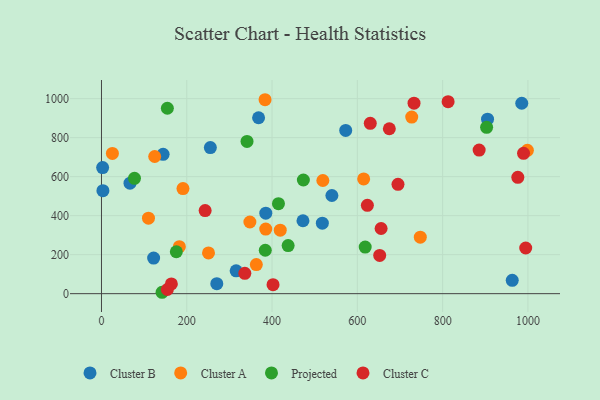
{"axis": {"x": "Price", "y": "Sales"}, "legend": ["Cluster A", "Cluster B", "Cluster C", "Projected"], "data": [{"x": "572.7", "y": 836.8, "type": "Cluster B"}, {"x": "255.3", "y": 749.1, "type": "Cluster B"}, {"x": "368.4", "y": 902.1, "type": "Cluster B"}, {"x": "3.4", "y": 528.3, "type": "Cluster B"}, {"x": "144.5", "y": 714.4, "type": "Cluster B"}, {"x": "2.7", "y": 646.6, "type": "Cluster B"}, {"x": "905.3", "y": 894.7, "type": "Cluster B"}, {"x": "315.8", "y": 117.0, "type": "Cluster B"}, {"x": "385.3", "y": 412.5, "type": "Cluster B"}, {"x": "517.9", "y": 361.3, "type": "Cluster B"}, {"x": "122.3", "y": 182.6, "type": "Cluster B"}, {"x": "540.3", "y": 503.3, "type": "Cluster B"}, {"x": "963.2", "y": 68.4, "type": "Cluster B"}, {"x": "270.4", "y": 51.2, "type": "Cluster B"}, {"x": "66.9", "y": 566.4, "type": "Cluster B"}, {"x": "985.5", "y": 976.4, "type": "Cluster B"}, {"x": "472.5", "y": 373.8, "type": "Cluster B"}, {"x": "419.2", "y": 325.4, "type": "Cluster A"}, {"x": "727.5", "y": 905.3, "type": "Cluster A"}, {"x": "614.8", "y": 588.1, "type": "Cluster A"}, {"x": "519.1", "y": 580.2, "type": "Cluster A"}, {"x": "998.7", "y": 735.0, "type": "Cluster A"}, {"x": "383.6", "y": 994.4, "type": "Cluster A"}, {"x": "747.6", "y": 289.5, "type": "Cluster A"}, {"x": "191.1", "y": 538.7, "type": "Cluster A"}, {"x": "25.6", "y": 719.2, "type": "Cluster A"}, {"x": "251.0", "y": 208.7, "type": "Cluster A"}, {"x": "110.2", "y": 387.1, "type": "Cluster A"}, {"x": "348.0", "y": 367.5, "type": "Cluster A"}, {"x": "385.2", "y": 331.3, "type": "Cluster A"}, {"x": "182.6", "y": 240.8, "type": "Cluster A"}, {"x": "363.1", "y": 149.0, "type": "Cluster A"}, {"x": "124.8", "y": 703.4, "type": "Cluster A"}, {"x": "618.4", "y": 238.9, "type": "Projected"}, {"x": "142.1", "y": 7.1, "type": "Projected"}, {"x": "77.4", "y": 591.6, "type": "Projected"}, {"x": "903.1", "y": 852.7, "type": "Projected"}, {"x": "437.7", "y": 246.7, "type": "Projected"}, {"x": "415.0", "y": 461.3, "type": "Projected"}, {"x": "341.3", "y": 780.4, "type": "Projected"}, {"x": "154.5", "y": 950.6, "type": "Projected"}, {"x": "473.4", "y": 582.8, "type": "Projected"}, {"x": "175.5", "y": 214.8, "type": "Projected"}, {"x": "384.1", "y": 222.6, "type": "Projected"}, {"x": "623.5", "y": 452.8, "type": "Cluster C"}, {"x": "336.1", "y": 104.5, "type": "Cluster C"}, {"x": "243.1", "y": 426.0, "type": "Cluster C"}, {"x": "989.7", "y": 719.4, "type": "Cluster C"}, {"x": "994.8", "y": 234.2, "type": "Cluster C"}, {"x": "630.3", "y": 873.4, "type": "Cluster C"}, {"x": "655.7", "y": 334.0, "type": "Cluster C"}, {"x": "976.3", "y": 596.3, "type": "Cluster C"}, {"x": "695.3", "y": 560.7, "type": "Cluster C"}, {"x": "163.9", "y": 50.1, "type": "Cluster C"}, {"x": "885.6", "y": 736.0, "type": "Cluster C"}, {"x": "675.0", "y": 845.5, "type": "Cluster C"}, {"x": "154.5", "y": 21.4, "type": "Cluster C"}, {"x": "652.4", "y": 196.3, "type": "Cluster C"}, {"x": "732.9", "y": 976.9, "type": "Cluster C"}, {"x": "812.8", "y": 984.5, "type": "Cluster C"}, {"x": "402.3", "y": 46.0, "type": "Cluster C"}]}